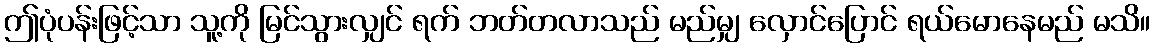
ဤပုံပန်းဖြင့်သာ သူ့ကို မြင်သွားလျှင် ရက် ဘတ်တလာသည် မည်မျှ လှောင်ပြောင် ရယ်မောနေမည် မသိ။